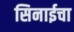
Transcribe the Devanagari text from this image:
सिनाईचा